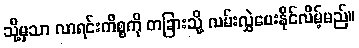
သို့မှသာ လာရင်းကိစ္စကို တခြားသို့ လမ်းလွှဲပေးနိုင်လိမ့်မည်။